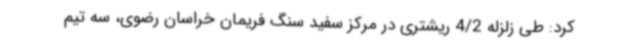
کرد: طی زلزله 4/2 ریشتری در مرکز سفید سنگ فریمان خراسان رضوی، سه تیم